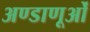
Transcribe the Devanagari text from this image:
अण्डाणूओं